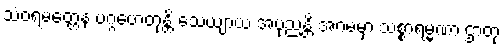
သံဝရမတ္တေန ပဂ္ဂဟေတုန္တိ သေယျာယ အပုညန္တိ အဂမမှာ သစ္စာရမ္မဏာ ဌာတု